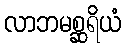
လာဘမစ္ဆရိယံ